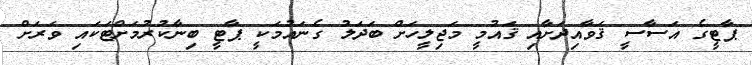
ޕާޓީގެ އަސާސީ ޤަވާއިދަށާއި ޤައުމީ މަޖިލީހަށް ބަދަލު ގެނައުމަކީ ޕާޓީ ބިނާކުރުމަށްޓަކައި ވަރަށް